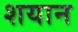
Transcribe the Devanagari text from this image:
शयान